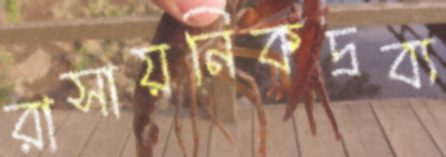
রাসায়নিকদ্রব্য